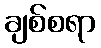
ချစ်စရာ